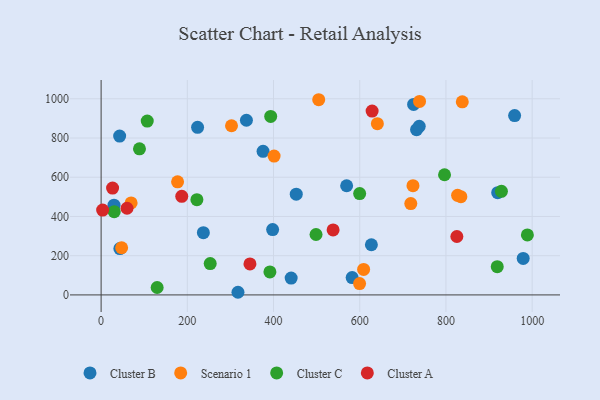
{"axis": {"x": "Experience", "y": "Demand"}, "legend": ["Cluster A", "Cluster B", "Cluster C", "Scenario 1"], "data": [{"x": "452.7", "y": 513.7, "type": "Cluster B"}, {"x": "337.1", "y": 890.5, "type": "Cluster B"}, {"x": "43.0", "y": 809.8, "type": "Cluster B"}, {"x": "725.0", "y": 971.1, "type": "Cluster B"}, {"x": "43.5", "y": 236.5, "type": "Cluster B"}, {"x": "920.0", "y": 521.3, "type": "Cluster B"}, {"x": "397.9", "y": 332.9, "type": "Cluster B"}, {"x": "627.0", "y": 255.8, "type": "Cluster B"}, {"x": "223.8", "y": 854.6, "type": "Cluster B"}, {"x": "959.3", "y": 914.4, "type": "Cluster B"}, {"x": "237.2", "y": 317.2, "type": "Cluster B"}, {"x": "731.8", "y": 842.2, "type": "Cluster B"}, {"x": "582.4", "y": 88.5, "type": "Cluster B"}, {"x": "317.5", "y": 13.5, "type": "Cluster B"}, {"x": "979.2", "y": 186.2, "type": "Cluster B"}, {"x": "738.0", "y": 859.4, "type": "Cluster B"}, {"x": "29.9", "y": 457.7, "type": "Cluster B"}, {"x": "375.7", "y": 732.3, "type": "Cluster B"}, {"x": "440.9", "y": 86.1, "type": "Cluster B"}, {"x": "569.6", "y": 556.6, "type": "Cluster B"}, {"x": "738.7", "y": 986.3, "type": "Scenario 1"}, {"x": "640.9", "y": 873.0, "type": "Scenario 1"}, {"x": "837.9", "y": 984.2, "type": "Scenario 1"}, {"x": "723.5", "y": 556.7, "type": "Scenario 1"}, {"x": "47.6", "y": 240.5, "type": "Scenario 1"}, {"x": "302.5", "y": 862.3, "type": "Scenario 1"}, {"x": "504.8", "y": 995.1, "type": "Scenario 1"}, {"x": "718.4", "y": 465.8, "type": "Scenario 1"}, {"x": "834.6", "y": 501.1, "type": "Scenario 1"}, {"x": "599.6", "y": 57.8, "type": "Scenario 1"}, {"x": "827.0", "y": 507.7, "type": "Scenario 1"}, {"x": "609.0", "y": 130.1, "type": "Scenario 1"}, {"x": "69.6", "y": 469.0, "type": "Scenario 1"}, {"x": "177.4", "y": 576.7, "type": "Scenario 1"}, {"x": "401.3", "y": 707.8, "type": "Scenario 1"}, {"x": "498.6", "y": 308.1, "type": "Cluster C"}, {"x": "928.7", "y": 527.9, "type": "Cluster C"}, {"x": "599.8", "y": 516.6, "type": "Cluster C"}, {"x": "988.9", "y": 305.8, "type": "Cluster C"}, {"x": "222.2", "y": 485.4, "type": "Cluster C"}, {"x": "89.0", "y": 744.9, "type": "Cluster C"}, {"x": "30.4", "y": 424.6, "type": "Cluster C"}, {"x": "796.7", "y": 612.7, "type": "Cluster C"}, {"x": "391.6", "y": 117.0, "type": "Cluster C"}, {"x": "107.0", "y": 886.3, "type": "Cluster C"}, {"x": "253.1", "y": 159.8, "type": "Cluster C"}, {"x": "393.4", "y": 910.2, "type": "Cluster C"}, {"x": "130.0", "y": 37.9, "type": "Cluster C"}, {"x": "919.0", "y": 144.0, "type": "Cluster C"}, {"x": "3.5", "y": 432.3, "type": "Cluster A"}, {"x": "187.1", "y": 502.8, "type": "Cluster A"}, {"x": "825.3", "y": 297.9, "type": "Cluster A"}, {"x": "628.7", "y": 937.0, "type": "Cluster A"}, {"x": "345.3", "y": 157.8, "type": "Cluster A"}, {"x": "26.6", "y": 544.9, "type": "Cluster A"}, {"x": "538.2", "y": 331.1, "type": "Cluster A"}, {"x": "60.1", "y": 441.8, "type": "Cluster A"}]}